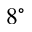
8 ^ { \circ }